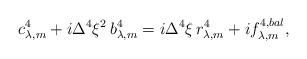
LaTeX: \begin{align*}c^4_{\lambda,m} + i \Delta^4 \xi^2 \, b^4_{\lambda,m} = i \Delta^4 \xi\, r^4_{\lambda,m} + i f^{4,bal}_{\lambda,m},\end{align*}